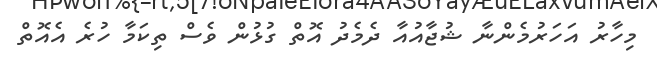
މިހާރު އަހަރުމެންނާ ޝުޖާއުއާ ދެމެދު އޮތް ގުޅުން ވެސް ތިކަމާ ހުރެ އެއޮތް